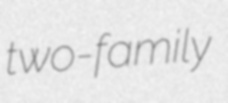
two-family